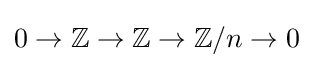
0\to \mathbb {Z} \to \mathbb {Z} \to \mathbb {Z} /n\to 0